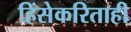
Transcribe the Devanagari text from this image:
हिंसेकरिताही